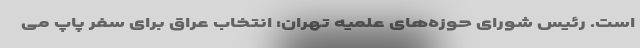
است. رئیس شورای حوزه‌های علمیه تهران: انتخاب عراق برای سفر پاپ می